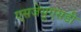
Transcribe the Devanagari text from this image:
एसजेयूएसडी